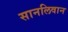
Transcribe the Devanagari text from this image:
सानलिवान